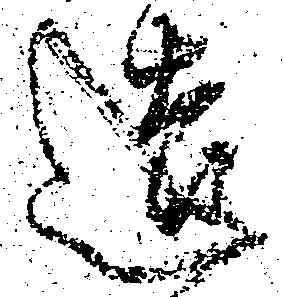
造